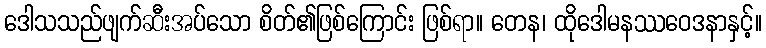
ဒေါသသည်ဖျက်ဆီးအပ်သော စိတ်၏ဖြစ်ကြောင်း ဖြစ်ရာ။ တေန၊ ထိုဒေါမနဿဝေဒနာနှင့်။